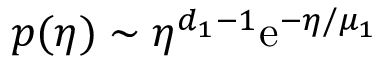
p ( \eta ) \sim \eta ^ { d _ { 1 } - 1 } \mathrm { e } ^ { - \eta / \mu _ { 1 } }